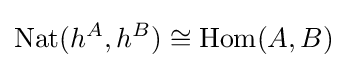
\mathrm {Nat} (h^{A},h^{B})\cong \mathrm {Hom} (A,B)